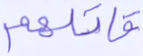
قاتلهم